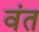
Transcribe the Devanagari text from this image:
वंत